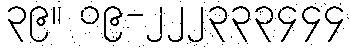
၃၉။ ၀၉-၂၂၂၃၃၃၄၄၄